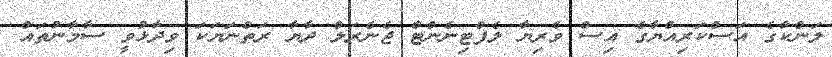
ލަންކާގެ އަސްކަރިއްޔާގެ އިސް ވެރިޔާ ލެފްޓިނެންޓް ޖެނެރަލް ދާޔާ ރަތްނަޔަކަ ވިދާޅުވީ ސާމާނުތައް